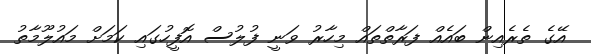
އޭގެ ތެރެއިން ބައެއް ފަރާތްތައް މިހާރު ވަނީ ފުލުސް އޮފީހުގައި ކަމަށް މައުލޫމާތު